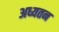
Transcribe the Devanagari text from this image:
अध्यतन